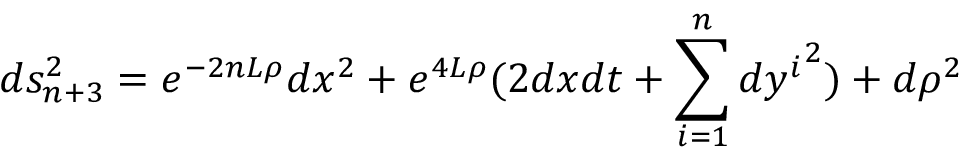
d s _ { n + 3 } ^ { 2 } = e ^ { - 2 n L \rho } d x ^ { 2 } + e ^ { 4 L \rho } ( 2 d x d t + \sum _ { i = 1 } ^ { n } { d y ^ { i } } ^ { 2 } ) + d \rho ^ { 2 }